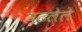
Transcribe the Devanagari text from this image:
वढलेले